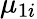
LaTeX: \mu_{1i}